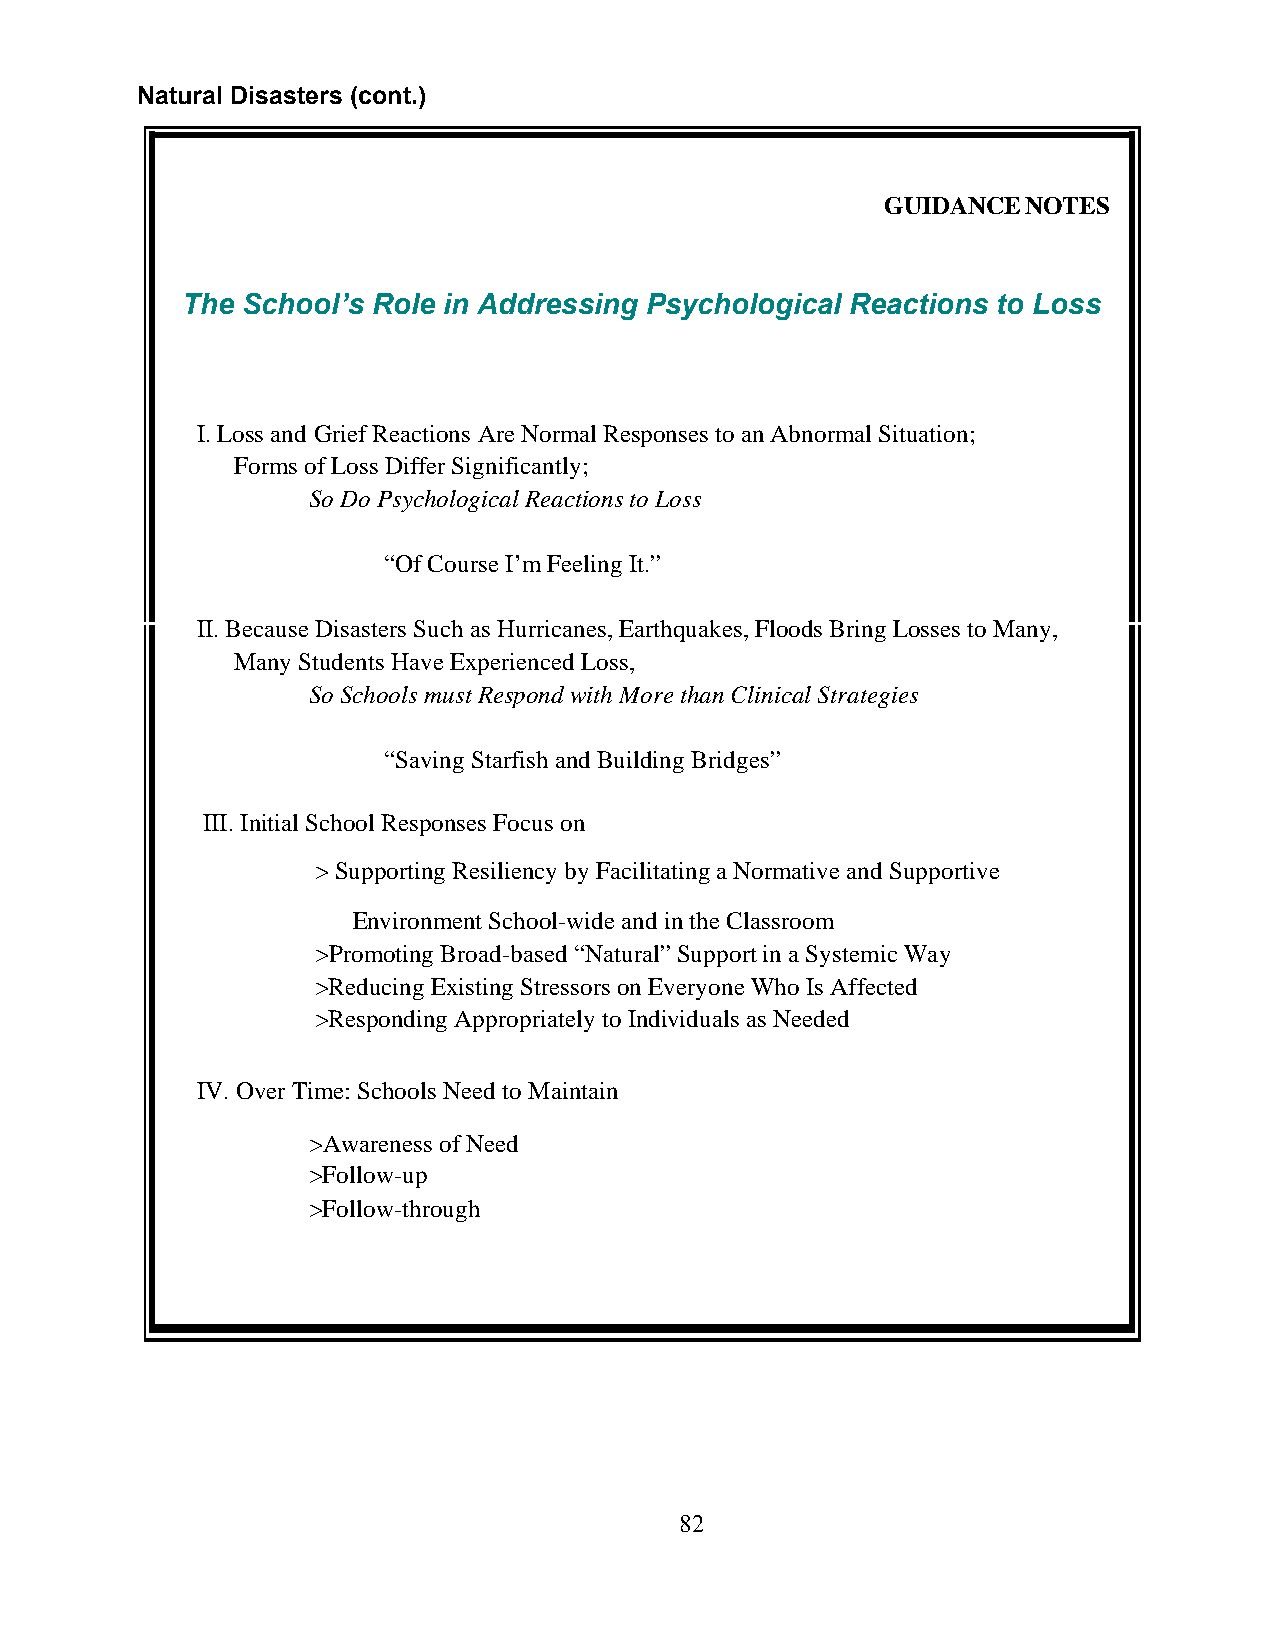
Natural Disasters (cont.)
 GUIDANCE NOTES
 The School’s Role in Addressing Psychological Reactions to Loss
 I. Loss and Grief Reactions Are Normal Responses to an Abnormal Situation;
 Forms of Loss Differ Significantly;
 So Do Psychological Reactions to Loss
 “Of Course I’m Feeling It.”
 II. Because Disasters Such as Hurricanes, Earthquakes, Floods Bring Losses to Many,
 Many Students Have Experienced Loss,
 So Schools must Respond with More than Clinical Strategies
 “Saving Starfish and Building Bridges”
 III. Initial School Responses Focus on
 > Supporting Resiliency by Facilitating a Normative and Supportive
 Environment School-wide and in the Classroom
 >Promoting Broad-based “Natural” Support in a Systemic Way
 >Reducing Existing Stressors on Everyone Who Is Affected
 >Responding Appropriately to Individuals as Needed
 IV. Over Time: Schools Need to Maintain
 >Awareness of Need
 >Follow-up
 >Follow-through
 82